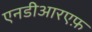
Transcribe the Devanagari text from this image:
एनडीआरएफ़